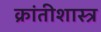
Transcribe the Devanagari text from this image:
क्रांतीशास्त्र